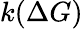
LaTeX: k(\Delta G)